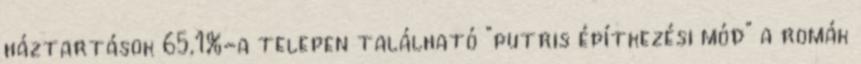
háztartások 65,1%-a telepen található “putris építkezési mód” a romák